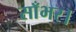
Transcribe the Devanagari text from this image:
साँभर।